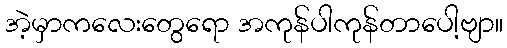
အဲ့မှာကလေးတွေရော အကုန်ပါကုန်တာပေါ့ဗျာ။